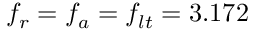
f _ { r } = f _ { a } = f _ { l t } = 3 . 1 7 2